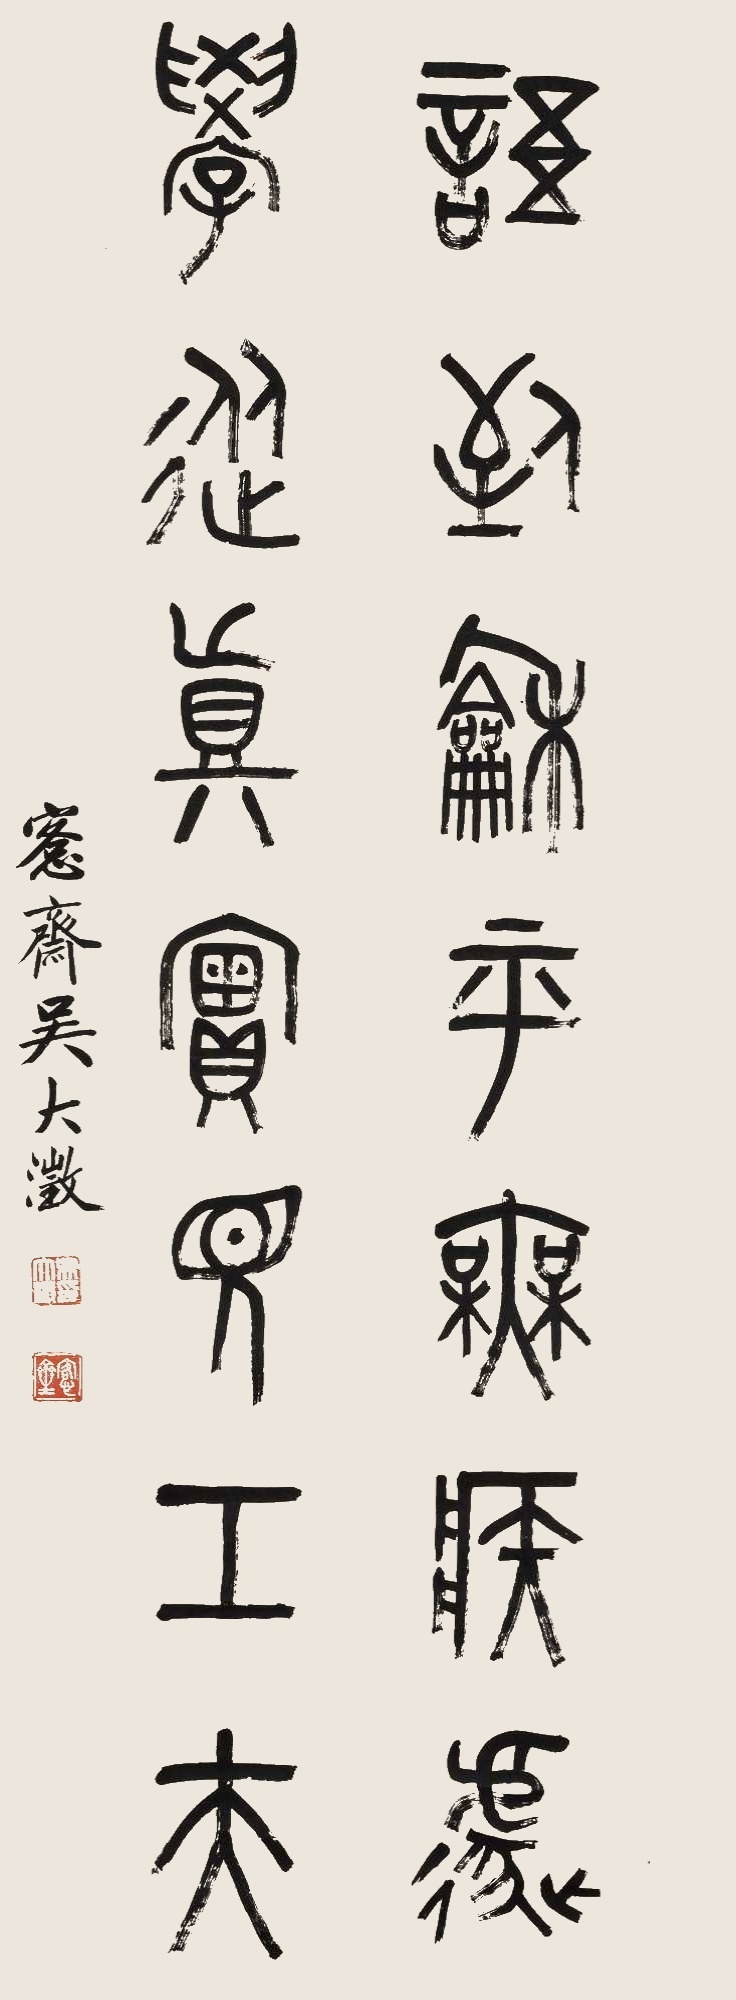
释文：语到和平无疾遽，学从真实见功夫。愙斋吴大澂。